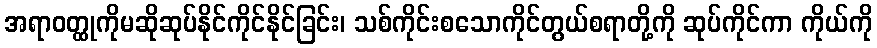
အရာဝတ္ထုကိုမဆိုဆုပ်နိုင်ကိုင်နိုင်ခြင်း၊ သစ်ကိုင်းစသောကိုင်တွယ်စရာတို့ကို ဆုပ်ကိုင်ကာ ကိုယ်ကို